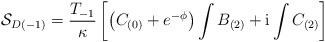
\begin{align*}{\cal S}_{D(-1)} = \frac{T_{-1}}{\kappa} \left[ \left( C_{(0)} +e^{-\phi}\right) \int B_{(2)} + {\rm i} \int C_{(2)} \right]\end{align*}